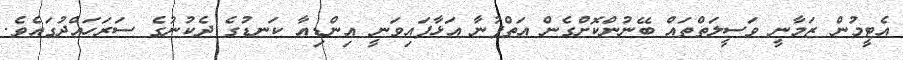
އެޓީމުން ޒަމާނީ ވަސީލަތްތައް ބޭނުންކޮށްގެން އަތްފުނާ އަޅާފައިވަނީ އިންޑިއާ ކަނޑުގެ ދެކުނުގެ ސަރަހައްދުގައެވެ.